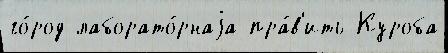
го́род лаборато́рнаjа пра́в'ить Куроба